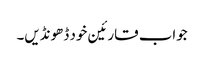
جواب قارئین خود ڈھونڈیں۔